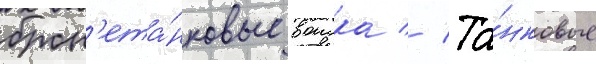
брон'ета́нковые воиска // Та́нковые